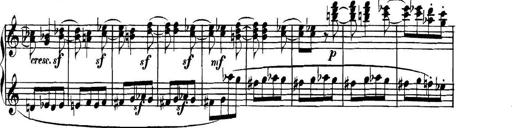
Title: Collected Piano Sonatas
Composer: Muzio Clementi